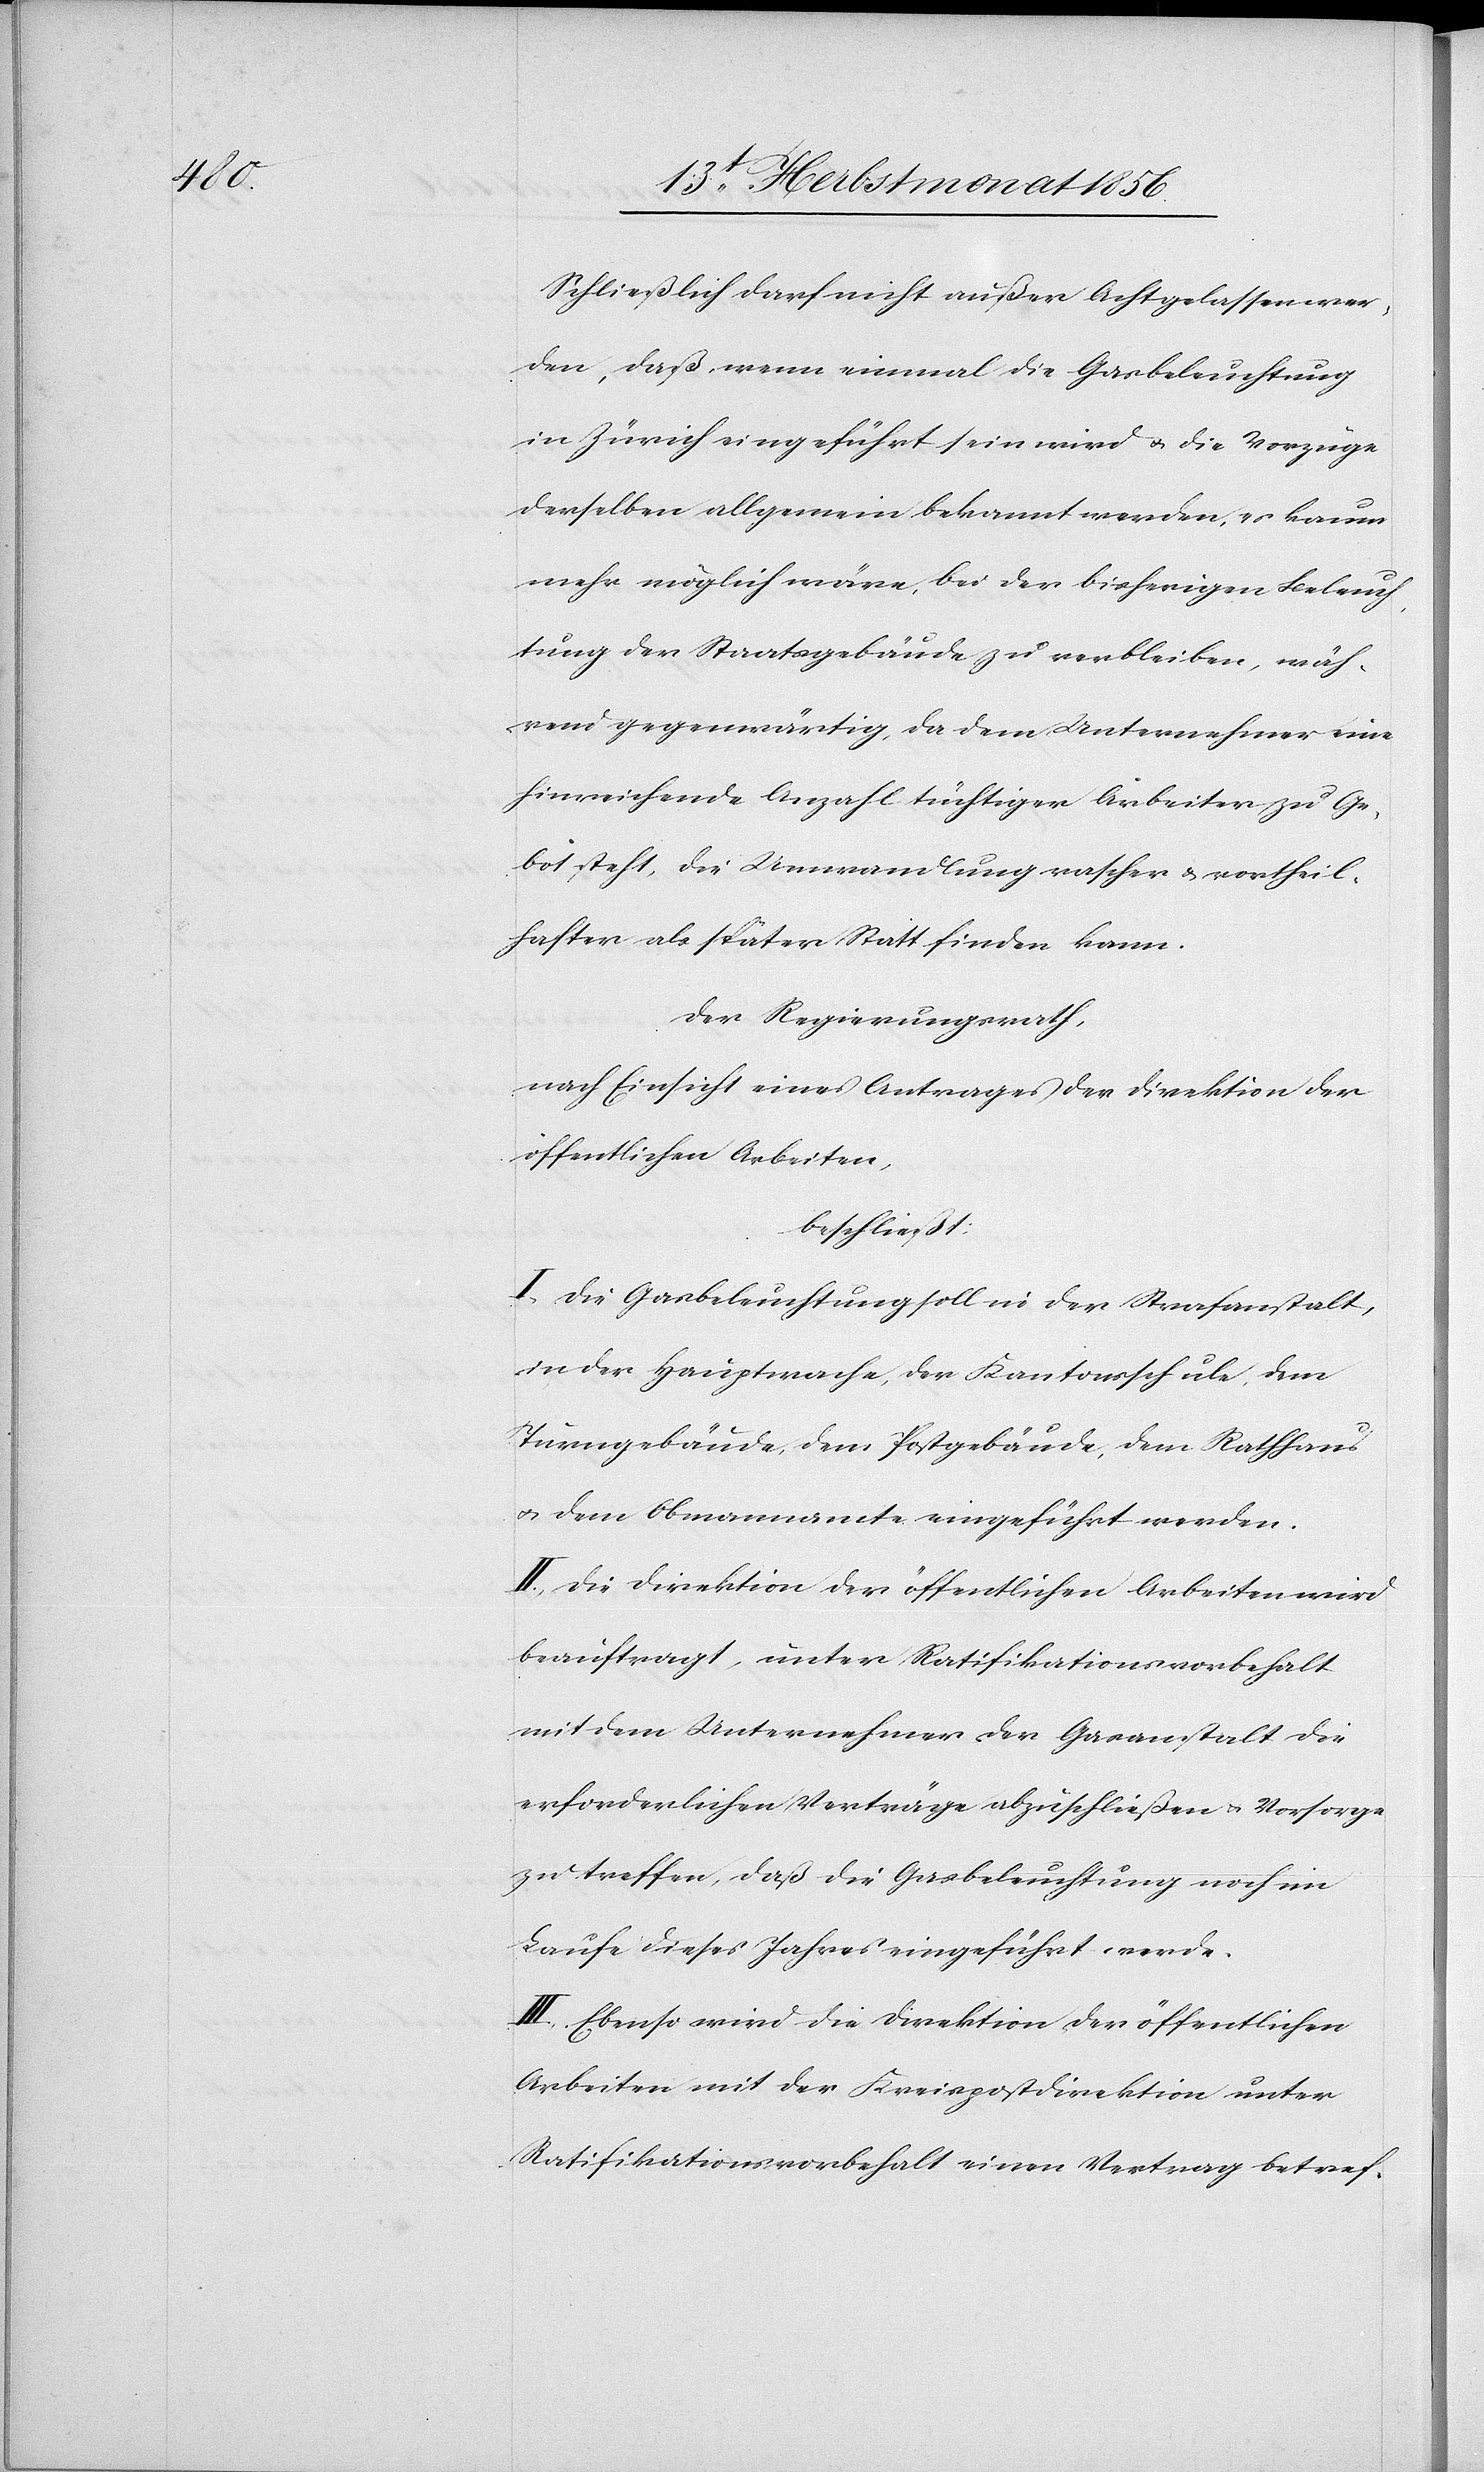
Schließlich darf nicht außer Acht gelassen wer¬
den, daß, wenn einmal die Gasbeleuchtung
in Zürich eingeführt sein wird u. die Vorzüge
derselben allgemein bekannt werden, es kaum
mehr möglich wäre, bei der bisherigen Beleuch¬
tung der Staatsgebäude zu verbleiben, wäh¬
rend gegenwärtig, da dem Unternehmer eine
hinreichende Anzahl tüchtiger Arbeiter zu Ge¬
bot steht, die Umwandlung rascher u. vortheil¬
hafter als später Statt finden kann.
Der Regierungsrath,
nach Einsicht eines Antrages der Direktion der
öffentlichen Arbeiten,
beschließt:
I.) Die Gasbeleuchtung soll in der Strafanstalt,
in der Hauptwache, der Kantonsschule, dem
Turngebäude, dem Postgebäude, dem Rathhaus
u. dem Obmannamte eingeführt werden.
II.) Die Direktion der öffentlichen Arbeiten wird
beauftragt, unter Ratifikationsvorbehalt
mit dem Unternehmer der Gasanstalt die
erforderlichen Verträge abzuschließen u. Vorsorge
zu treffen, daß die Gasbeleuchtung noch im
Laufe dieses Jahres eingeführt werde.
III.) Ebenso wird die Direktion der öffentlichen
Arbeiten mit der Kreispostdirektion unter
Ratifikationsvorbehalt einen Vertrag betref-